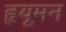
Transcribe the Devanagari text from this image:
हृयूमन